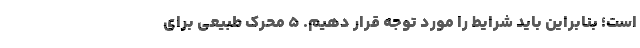
است؛ بنابراین باید شرایط را مورد توجه قرار دهیم. 5 محرک طبیعی برای